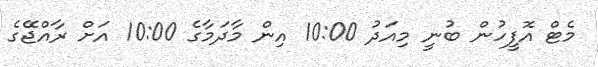
މެޓް އޮފީހުން ބުނީ މިއަދު 10:00 އިން މާދަމާގެ 10:00 އަށް ރާއްޖޭގެ